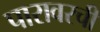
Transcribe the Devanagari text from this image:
पारावरची